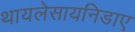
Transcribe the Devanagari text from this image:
थायलेसायनिडाए